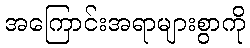
အကြောင်းအရာများစွာကို